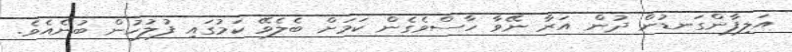
އަލިފާންގަނޑުން ދުން އަރާ ނޭވާ ހާސްވެގެން ކަމަށް ބެލެވޭ ކަމުގައި ފުލުހުން ބުނެއެވެ.